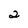
Character: 2